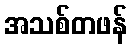
အသစ်တဖန်